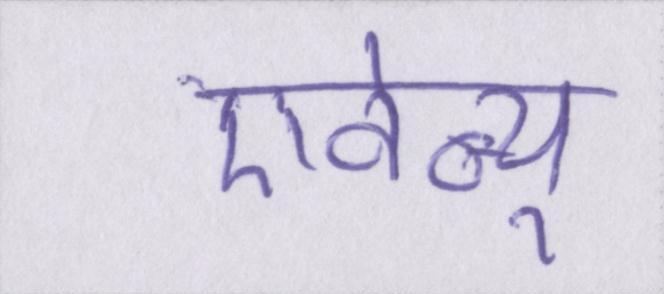
एवेन्यू